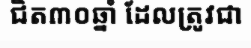
ជិត៣០ឆ្នាំ ដែលត្រូវជា